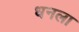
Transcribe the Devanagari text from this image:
धनला